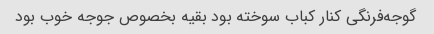
گوجه‌فرنگی کنار کباب سوخته بود بقیه بخصوص جوجه خوب بود